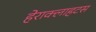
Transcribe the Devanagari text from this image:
हेराक्लाहटस